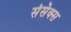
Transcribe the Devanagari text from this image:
संसेक्स